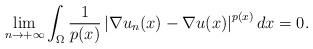
LaTeX: \begin{align*}\underset{n\rightarrow +\infty }{\lim }\int_{\Omega }\frac{1}{p(x)}\left\vert \nabla u_{n}(x)-\nabla u(x)\right\vert ^{p(x)}dx=0. \end{align*}